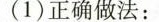
(1)正确做法：